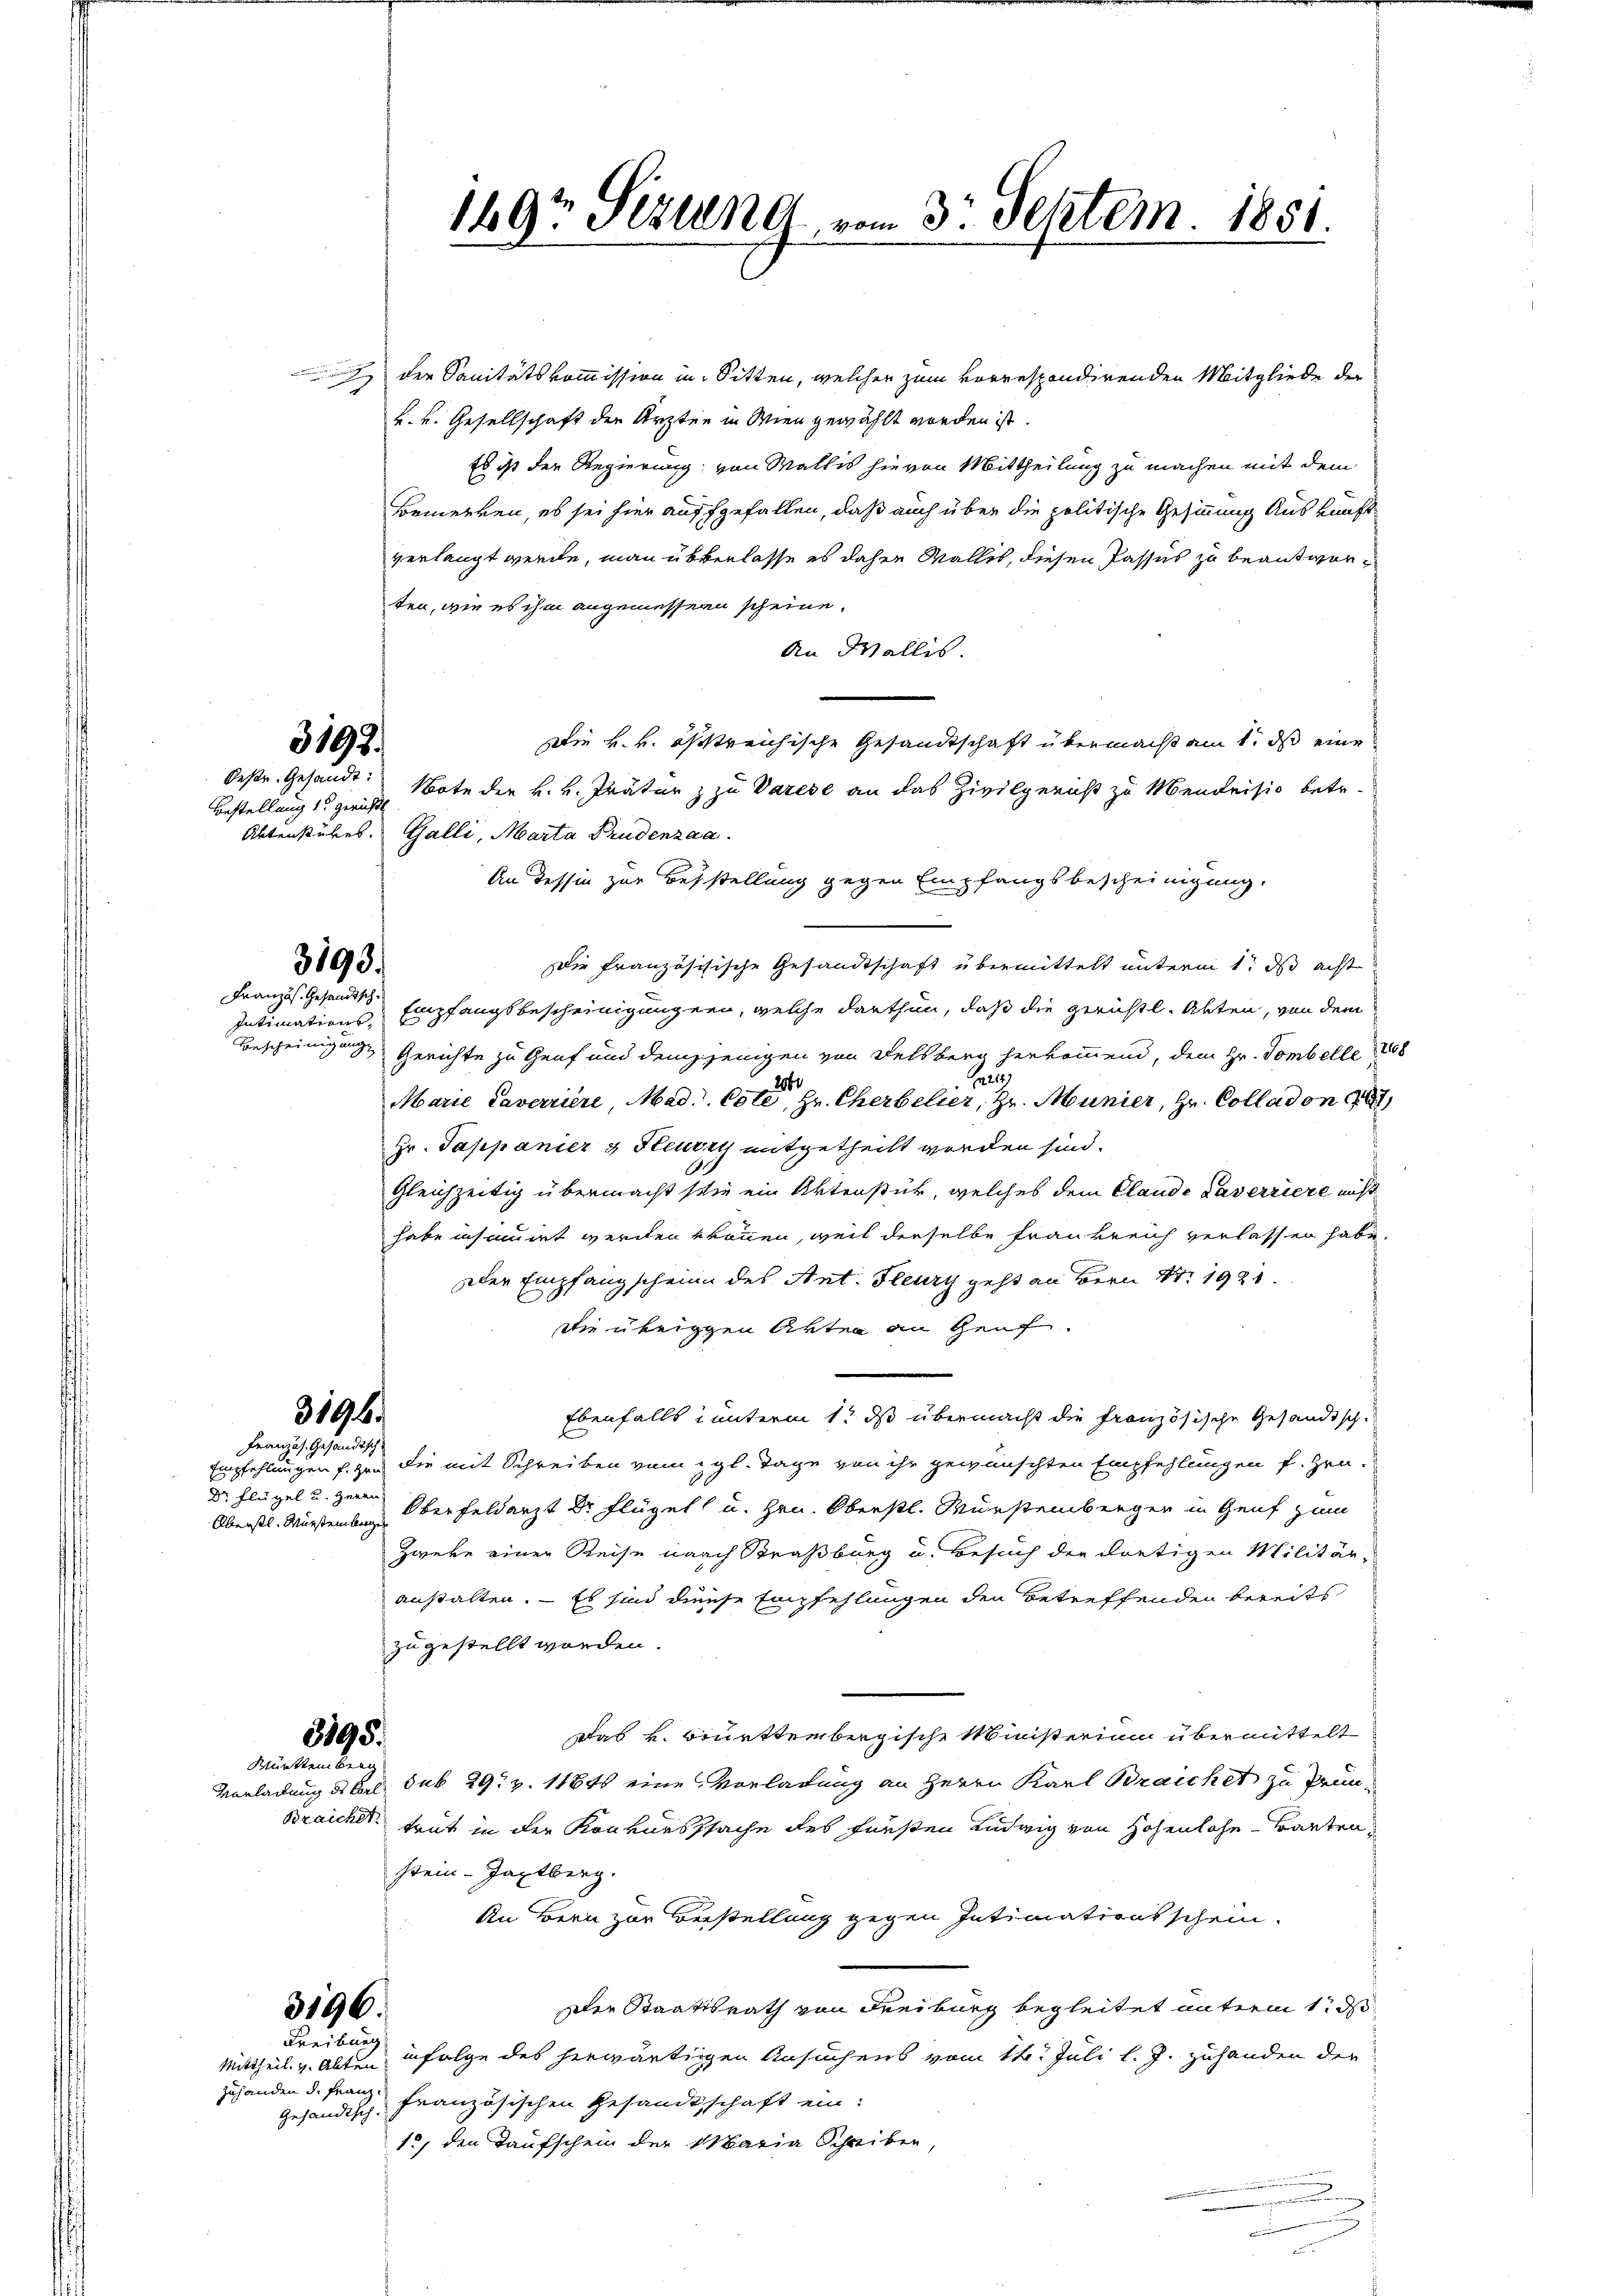
Oestr. Gesandt:
Bestellung 1. gericht

Französ. Gesandtsch¬

Dr. Flügel u. Herrn

3193.

3193.

Intimations¬

3196.
Französ. Gesandtsch

3195.
Württemberg

3196.
Freiburg

Gesandtsch..

der Sanitätskommission in Sitten, welcher zum vorrespondirenden Mitgliede der
k. v. Gesellschaft der Ärzten in Wien gewählt worden ist.
Es ist der Regierung von Wallis hievon Mittheilung zu machen mit dem
Bemerken, es sei hier auffgefallen, daß auch über die politische Gesinnung Auskunft
verlangt werde, man überlasse es daher Walles, diesen Passus zu beantworten, wie es ihm angemessene scheine.
An Wallis.
Die k.k. oestreichische Gesandtschaft übermacht am 1. ds eine
Note der k. k. Präter z zu Varese an das Zivilgericht zu Mendrisio betr.
Aktenstükes. Galli, Marta Prudenzaa
An Tessin zur Besstellung gegen Empfangsbescheinigung.
Die französische Gesandtschaft übermittelt unterm 1. ds acht
Empfangsbescheinigungen, welche darthun, daß die gerichtl. Akten, von dem
Bescheinigung Gerichte zu Genf und demjenigen von Felsberg herkommend, dem Hr. Tombelle 1808
Au
Marie Caverriere, Mad. 6 te Hr. Cherbelier, Hr. Munier, Hr. Colladon
Hr. Pappanier & Heurzy mitgetheilt worden sind.
Gleichzeitig übermacht stie ein Aktenstück, welches dem Claude Taverriere nicht
habe insumirt werden können, weil derselbe Frankreich verlassen habe.
der Empfangscheine des Ant. Fleurs geht an Bern Nr. 1921.
die übriggen Akten an Genf.
Ebenfalls unterm 1t ds übermacht die französische Gesandtsch-
Empfehlungen f. zu die mit Schreiben vom gl. Tage von ihr gewünschten Empfehlungen f. Hrn.
Oberstl. Würtember Oberfeldarzt Dr. Flügel u. Hrn. Oberstl. Würstenberger in Genf zum
Zweke einer Reise nach Straßburg u. Besuch der dortigen Militäranstalten. — Es sind diese Empfehlungen den Betreffenden bereits
zugestellt worden.
Das v. Brüttenbergische Meisterium übermittelt
Vorladung des Carl sub 29. v. 11840 eine Vorladung an Herrn Karl Brauchet zu Prun-
Braicher, trut in der Konkurssache des Fürsten Ludwig von Höhenlohe Bauten
stein-Japtberg.
An Bern zur Bestellung gegen Intimationsschein.
Der Staatsrath von Freiburg begleitet unterm 1. ds
Mittheil v. alten infolge des herwärtigen Ansuchens vom 14. Juli l. J. zuhanden der
zuhanden d. Franz französischen Gesandtschaft ein:
12, den Taufschein der Maria Schreiben,
.

1697 Sizung vom 3. Septem. 1851.